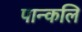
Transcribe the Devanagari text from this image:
पान्कलि